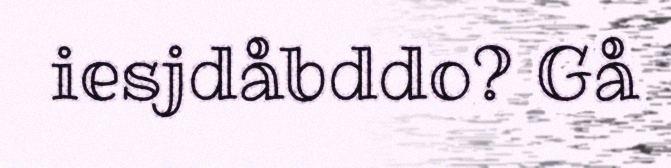
iesjdåbddo? Gå